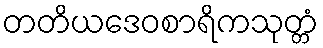
တတိယဒေဝစာရိကသုတ္တံ